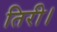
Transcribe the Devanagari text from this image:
तिरी।